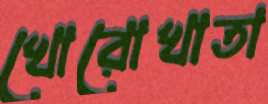
খোরোখাতা